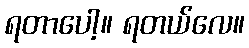
ရတာပေါ့။ ရတယ်လေ။